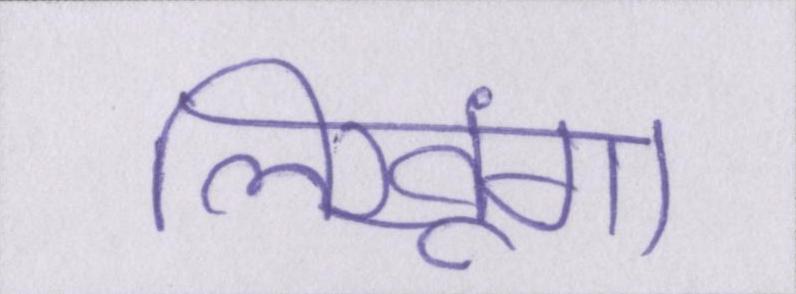
लिखूंगा